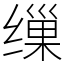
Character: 缫